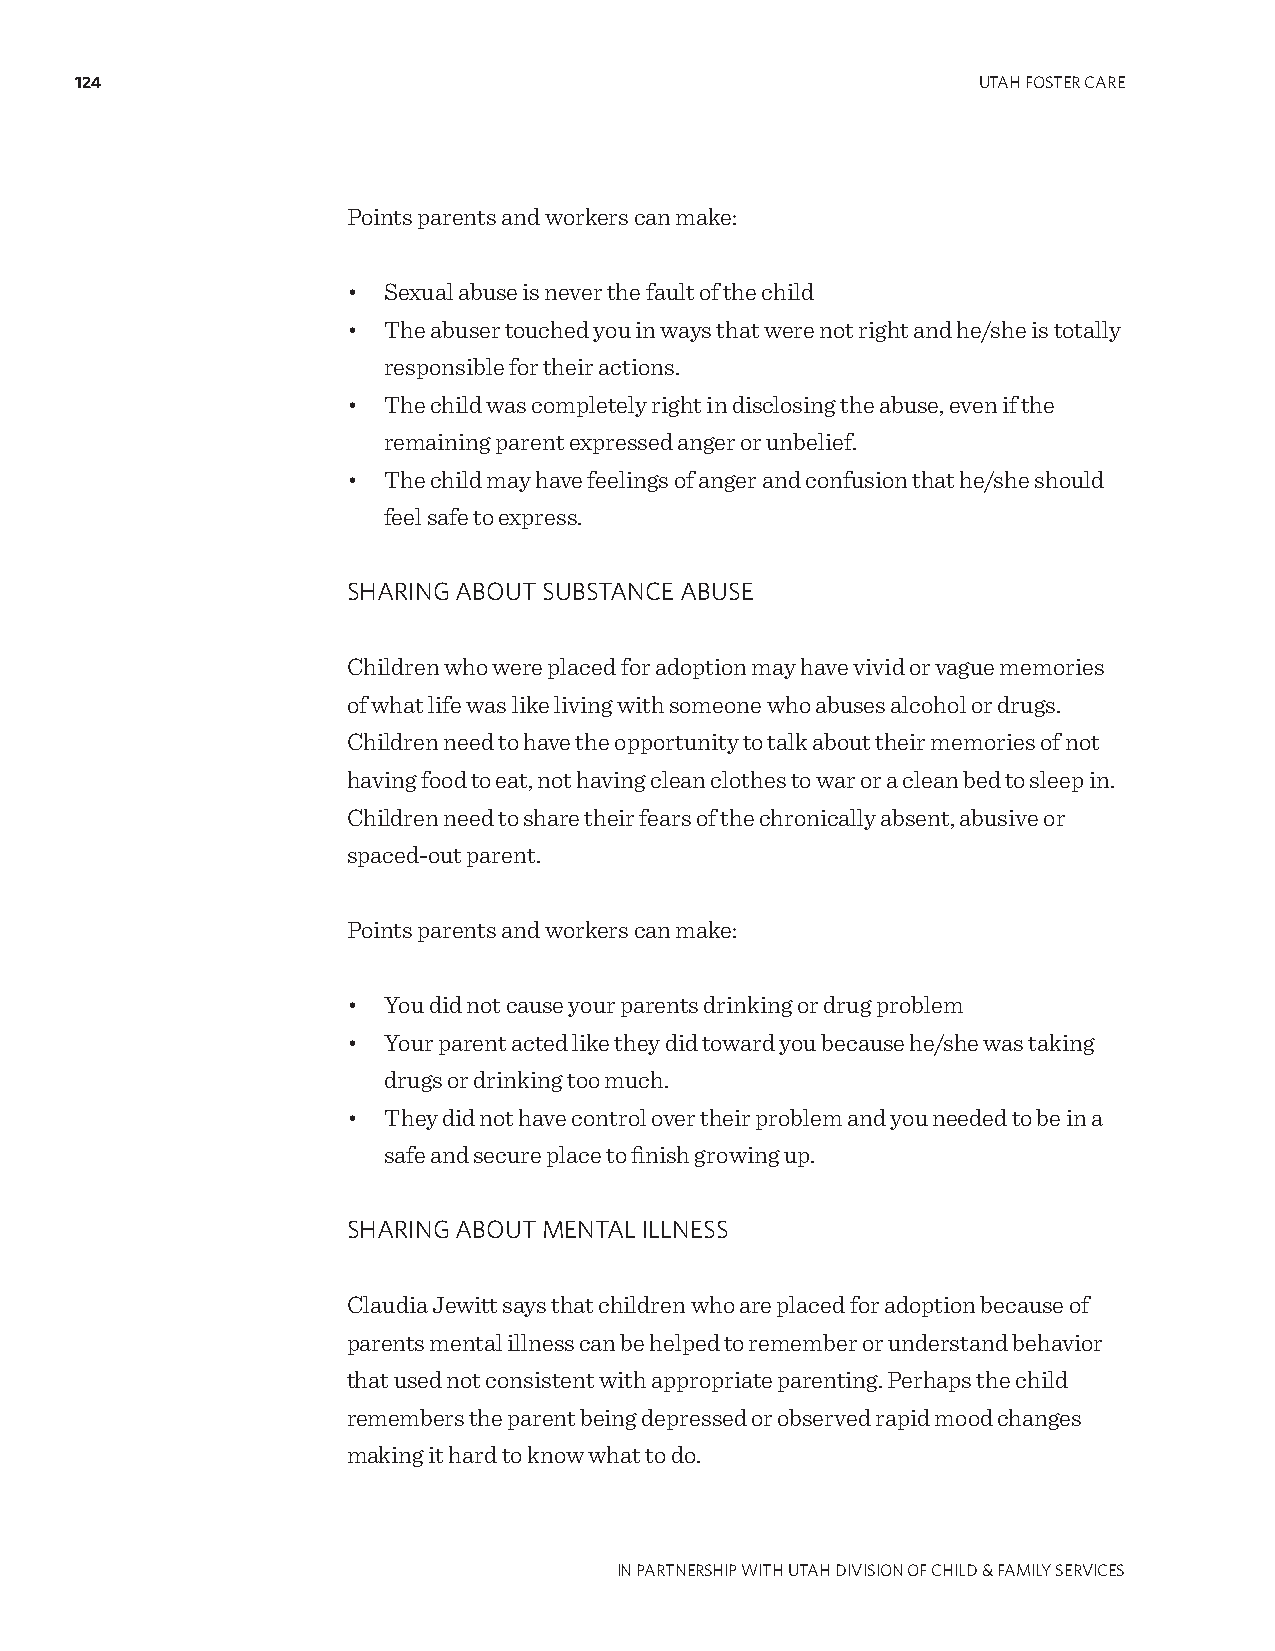
124                                                         UTAH FOSTER CARE
 Points parents and workers can make:
 • Sexual abuse is never the fault of the child
 • The abuser touched you in ways that were not right and he/she is totally
 responsible for their actions.
 • The child was completely right in disclosing the abuse, even if the
 remaining parent expressed anger or unbelief.
 • The child may have feelings of anger and confusion that he/she should
 feel safe to express.
 SHARINg ABOUT SUBSTANCE ABUSE
 Children who were placed for adoption may have vivid or vague memories
 of what life was like living with someone who abuses alcohol or drugs.
 Children need to have the opportunity to talk about their memories of not
 having food to eat, not having clean clothes to war or a clean bed to sleep in.
 Children need to share their fears of the chronically absent, abusive or
 spaced-out parent.
 Points parents and workers can make:
 • You did not cause your parents drinking or drug problem
 • Your parent acted like they did toward you because he/she was taking
 drugs or drinking too much.
 • They did not have control over their problem and you needed to be in a
 safe and secure place to finish growing up.
 SHARINg ABOUT MENTAL ILLNESS
 Claudia Jewitt says that children who are placed for adoption because of
 parents mental illness can be helped to remember or understand behavior
 that used not consistent with appropriate parenting. Perhaps the child
 remembers the parent being depressed or observed rapid mood changes
 making it hard to know what to do.
 IN PARTNERSHIP WITH UTAH DIVISION OF CHILD & FAMILY SERVICES